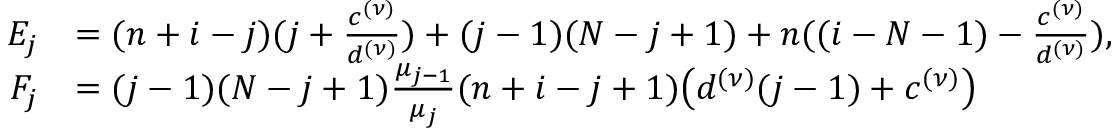
\begin{array} { r l } { E _ { j } } & { = ( n + i - j ) ( j + \frac { c ^ { ( \nu ) } } { d ^ { ( \nu ) } } ) + ( j - 1 ) ( N - j + 1 ) + n ( ( i - N - 1 ) - \frac { c ^ { ( \nu ) } } { d ^ { ( \nu ) } } ) , } \\ { F _ { j } } & { = ( j - 1 ) ( N - j + 1 ) \frac { \mu _ { j - 1 } } { \mu _ { j } } ( n + i - j + 1 ) \big ( d ^ { ( \nu ) } ( j - 1 ) + c ^ { ( \nu ) } \big ) } \end{array}